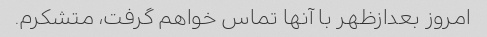
امروز بعدازظهر با آنها تماس خواهم گرفت، متشکرم.